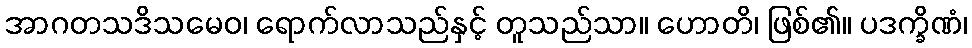
အာဂတသဒိသမေဝ၊ ရောက်လာသည်နှင့် တူသည်သာ။ ဟောတိ၊ ဖြစ်၏။ ပဒက္ခိဏံ၊